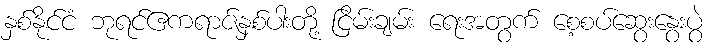
နှစ်နိုင်ငံ ဘုရင်ဧကရာဇ်နှစ်ပါးတို့ ငြိမ်းချမ်း ရေးအတွက် စေ့စပ်ဆွေးနွေးပွဲ